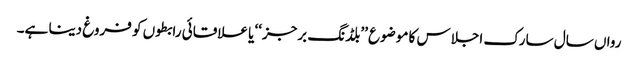
رواں سال سارک اجلاس کا موضوع ’’بلڈنگ برجز‘‘ یا علاقائی رابطوں کو فروغ دینا ہے۔